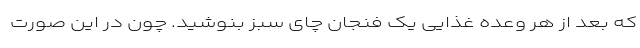
که بعد از هر وعده‌ غذایی یک فنجان چای سبز بنوشید. چون در این صورت